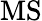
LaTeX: \mathrm{MS}